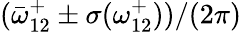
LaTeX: (\bar{\omega}_{12}^{+}\pm\sigma({\omega_{12}^{+}}))/(2\pi)